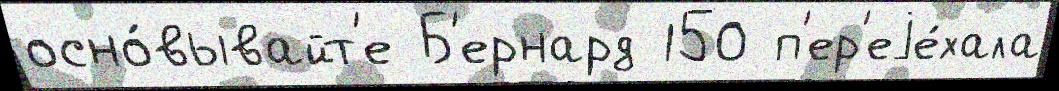
осно́вывайт'е Б'ернард 150 п'ер'еjе́хала